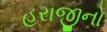
હરાજીનો